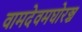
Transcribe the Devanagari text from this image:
वामदेवमघोरञ्च